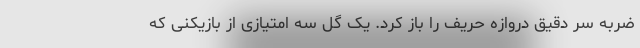
ضربه سر دقیق دروازه حریف را باز کرد. یک گل سه امتیازی از بازیکنی که